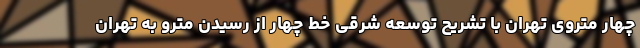
چهار متروی تهران با تشریح توسعه شرقی خط چهار از رسیدن مترو به تهران